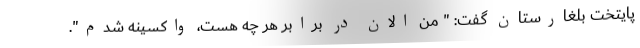
پایتخت بلغارستان گفت: " من الان در برابر هر چه هست، واکسینه شدم".